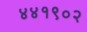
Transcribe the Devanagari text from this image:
४४१९०२